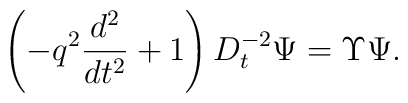
\left(-q^2\frac{d^2}{dt^2}+1\right)D^{-2}_{t}\Psi = \Upsilon \Psi.